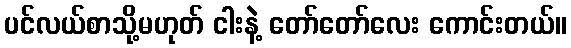
ပင်လယ်စာသို့မဟုတ် ငါးနဲ့ တော်တော်လေး ကောင်းတယ်။